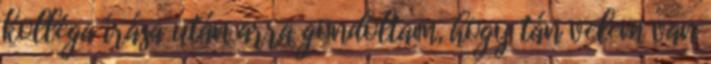
kolléga írása után arra gondoltam, hogy tán velem van